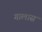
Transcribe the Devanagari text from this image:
गालास